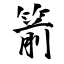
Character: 箭